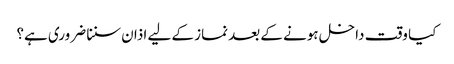
کیا وقت داخل ہونے کے بعد نماز کے لیے اذان سننا ضروری ہے؟